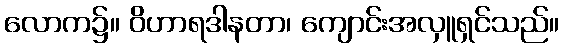
လောက၌။ ဝိဟာရဒါနတာ၊ ကျောင်းအလှူရှင်သည်။